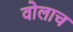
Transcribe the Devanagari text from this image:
वोलाच